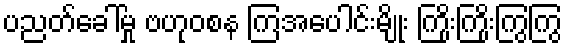
ပညတ်ခေါ်မှု ဗဟုဝစန ကြအပေါင်းမျိုး ကြိုးကြိုးကြွကြွ